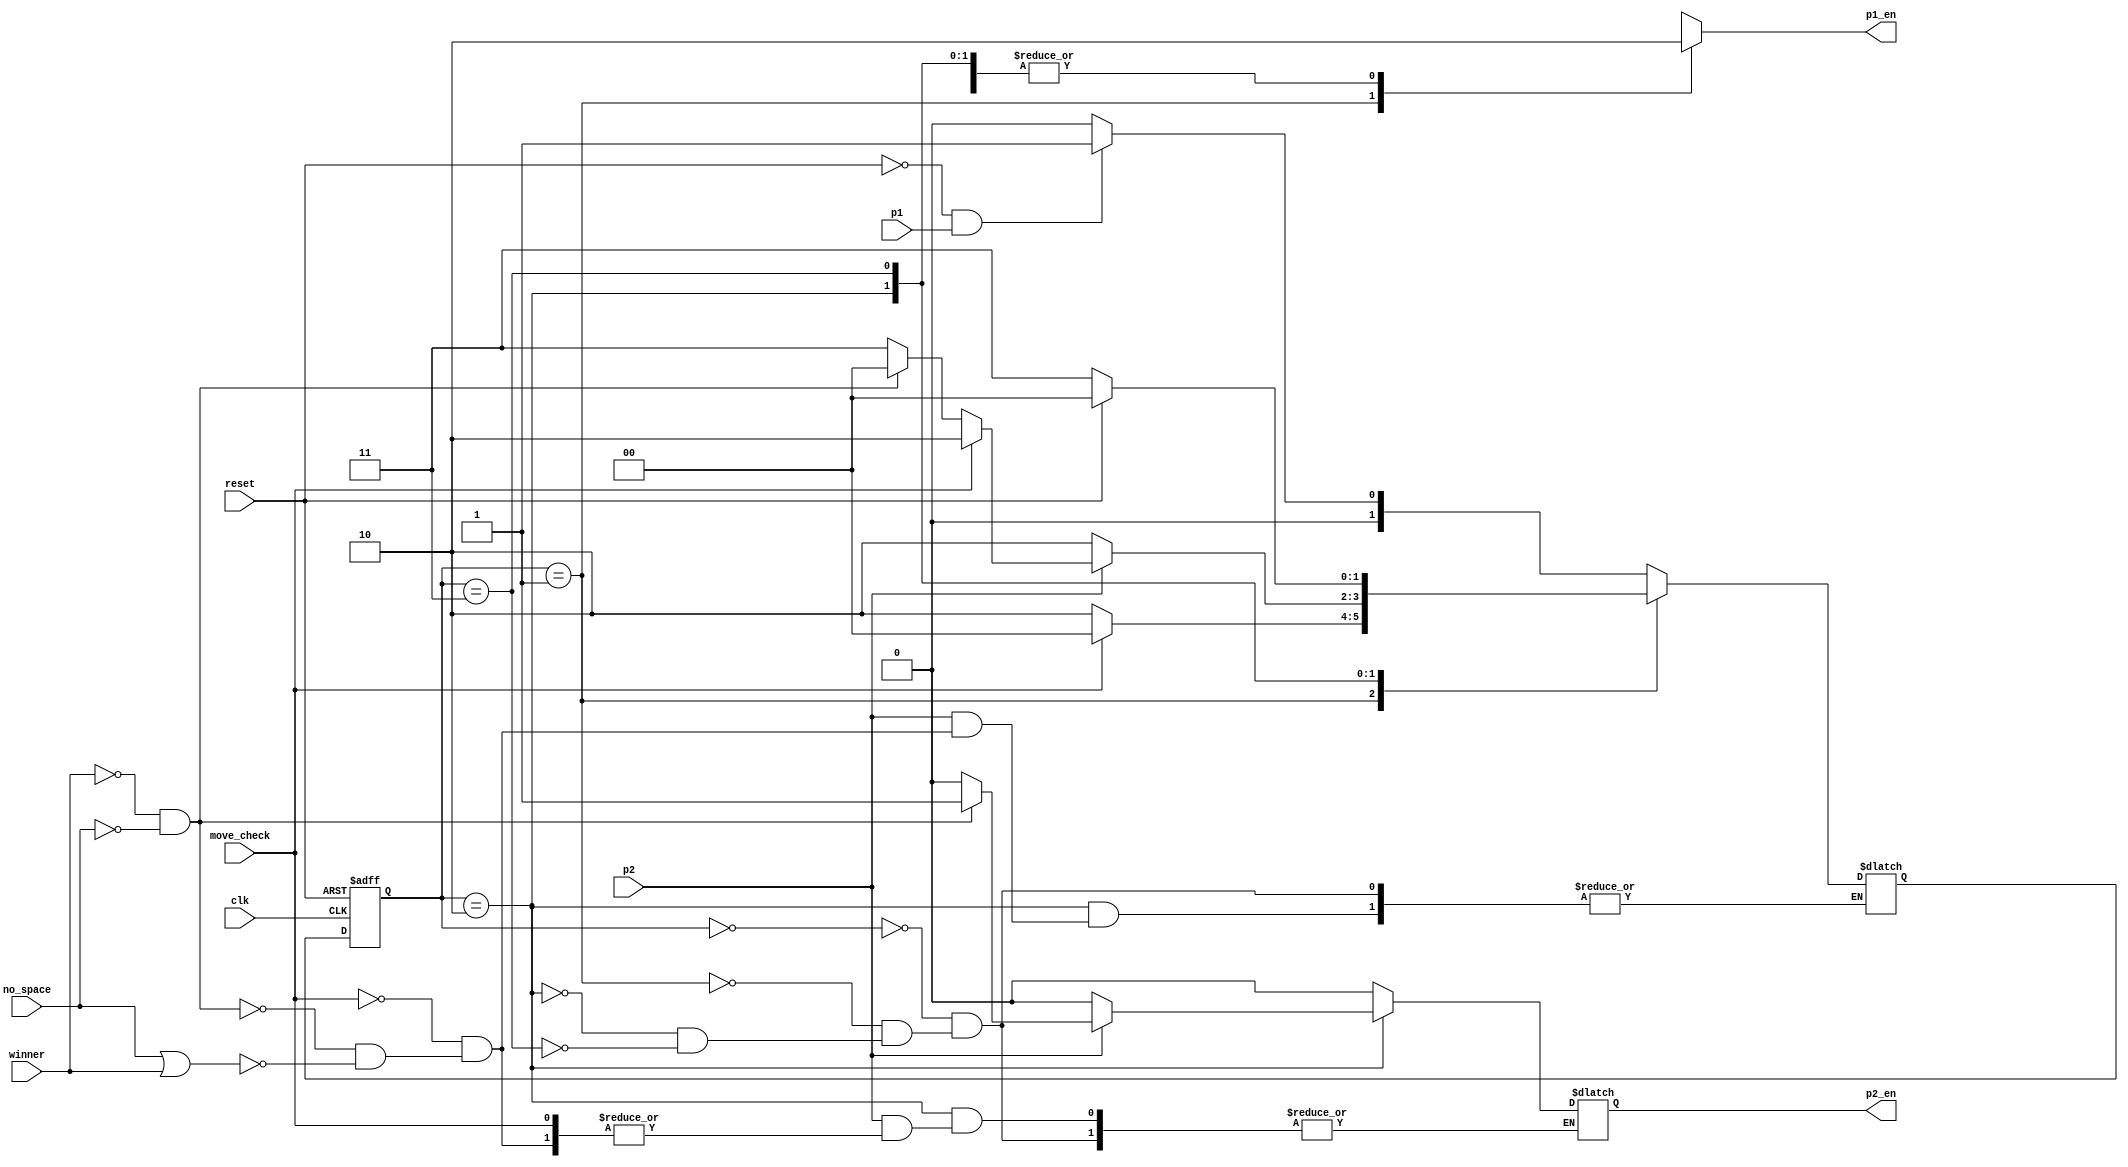
`timescale 1ns / 1ps

module fsm_turns(
    input clk,
    input reset,
    input p1,
    input p2,
    input move_check,
    input no_space,
    input winner,
    output reg p1_en,
    output reg p2_en
    );
    
    localparam IDLE = 2'b00, 
               Player1 = 2'b01,
               Player2 = 2'b10,
               GAME_OVER = 2'b11;
               
    reg [1:0]current_state, next_state; 
    
    always @(posedge clk, posedge reset) begin
        if (reset)
            current_state <= IDLE; 
        else
            current_state <= next_state; 
    end
    
    always @(*) begin 
        case(current_state)
        IDLE: begin
            if (reset == 1'b0 && p1) 
                next_state <= Player1;
           
            else 
                next_state <= IDLE;
            p1_en <= 1'b0;
            p2_en <= 1'b0; 
        end 
        
        Player1: begin 
            p1_en <= 1'b1;
            p2_en <= 1'b0; 
            if (move_check == 1'b0) begin 
                next_state <= Player2; 
            end
            else begin 
                next_state <= IDLE; 
            end
        end
        Player2: begin 
            p1_en <= 1'b0; 
            if (p2 == 1'b0) begin 
                next_state <= Player2; 
                p2_en <= 1'b0; 
            end
            else if (move_check) begin
                next_state <= Player2; 
            end
            else if (winner == 1'b0 && no_space == 1'b0) begin
                next_state <= IDLE;
                p2_en <= 1'b1;
            end
            else if (no_space || winner) begin
                next_state <= GAME_OVER;
                p2_en <= 1'b0; 
            end     
        end
        GAME_OVER: begin
            p1_en <= 1'b0;
            p2_en <= 1'b0;
            if (reset) 
                next_state <= IDLE; 
            else
                next_state <= GAME_OVER; 
        end
        default: next_state <= IDLE;
        endcase   
    end
    
endmodule